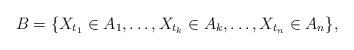
LaTeX: \begin{align*}B = \{X_{t_1}\in A_1,\dots,X_{t_k}\in A_k,\dots,X_{t_n}\in A_n\},\end{align*}